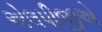
એલપીજીએ